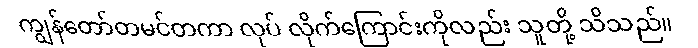
ကျွန်တော်တမင်တကာ လုပ် လိုက်ကြောင်းကိုလည်း သူတို့ သိသည်။